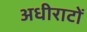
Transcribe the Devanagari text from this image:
अधीराटों